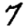
Digit: 7